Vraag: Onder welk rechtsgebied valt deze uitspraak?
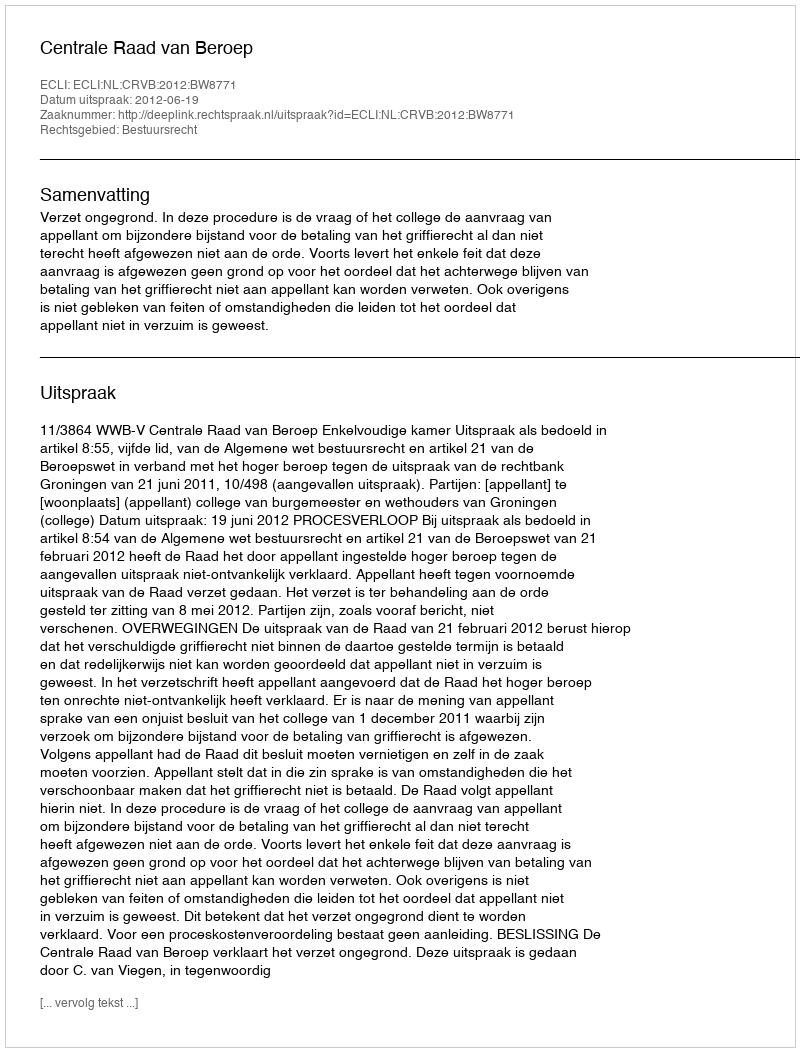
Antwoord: Bestuursrecht